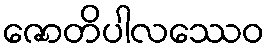
ဇောတိပါလဿေဝ